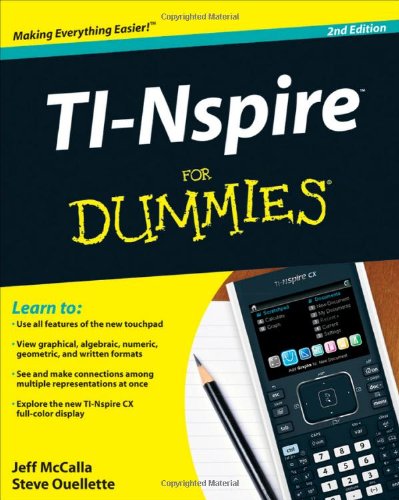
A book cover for TI-Nspire For Dummies; Jeff McCalla; Science & Math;